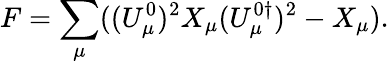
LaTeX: F=\sum_{\mu}((U_{\mu}^{0})^{2}X_{\mu}(U_{\mu}^{0\dagger})^{2}-X_{\mu}).